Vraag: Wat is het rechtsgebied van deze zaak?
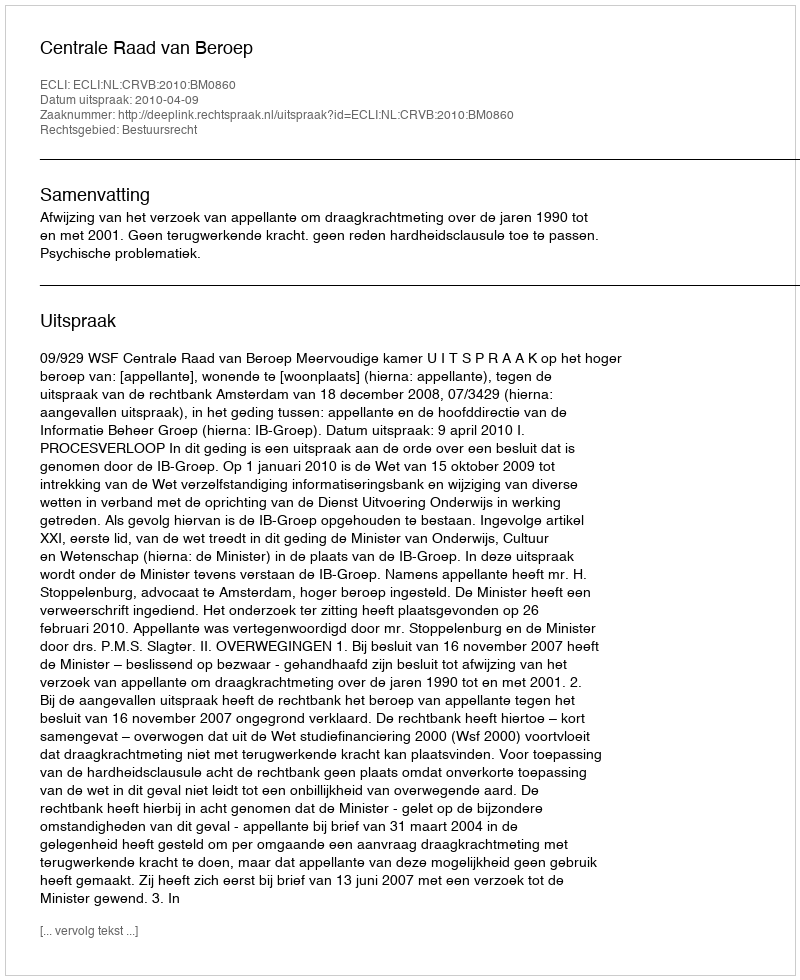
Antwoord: Bestuursrecht